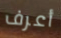
أعرف